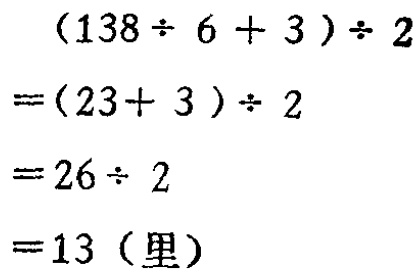
\[

\begin{align*}

&(138\div6 + 3)\div2\\

=&(23 + 3)\div2\\

=&26\div2\\

=&13 (\text{里})

\end{align*}

\]